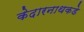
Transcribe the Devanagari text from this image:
केदारनाथकडे